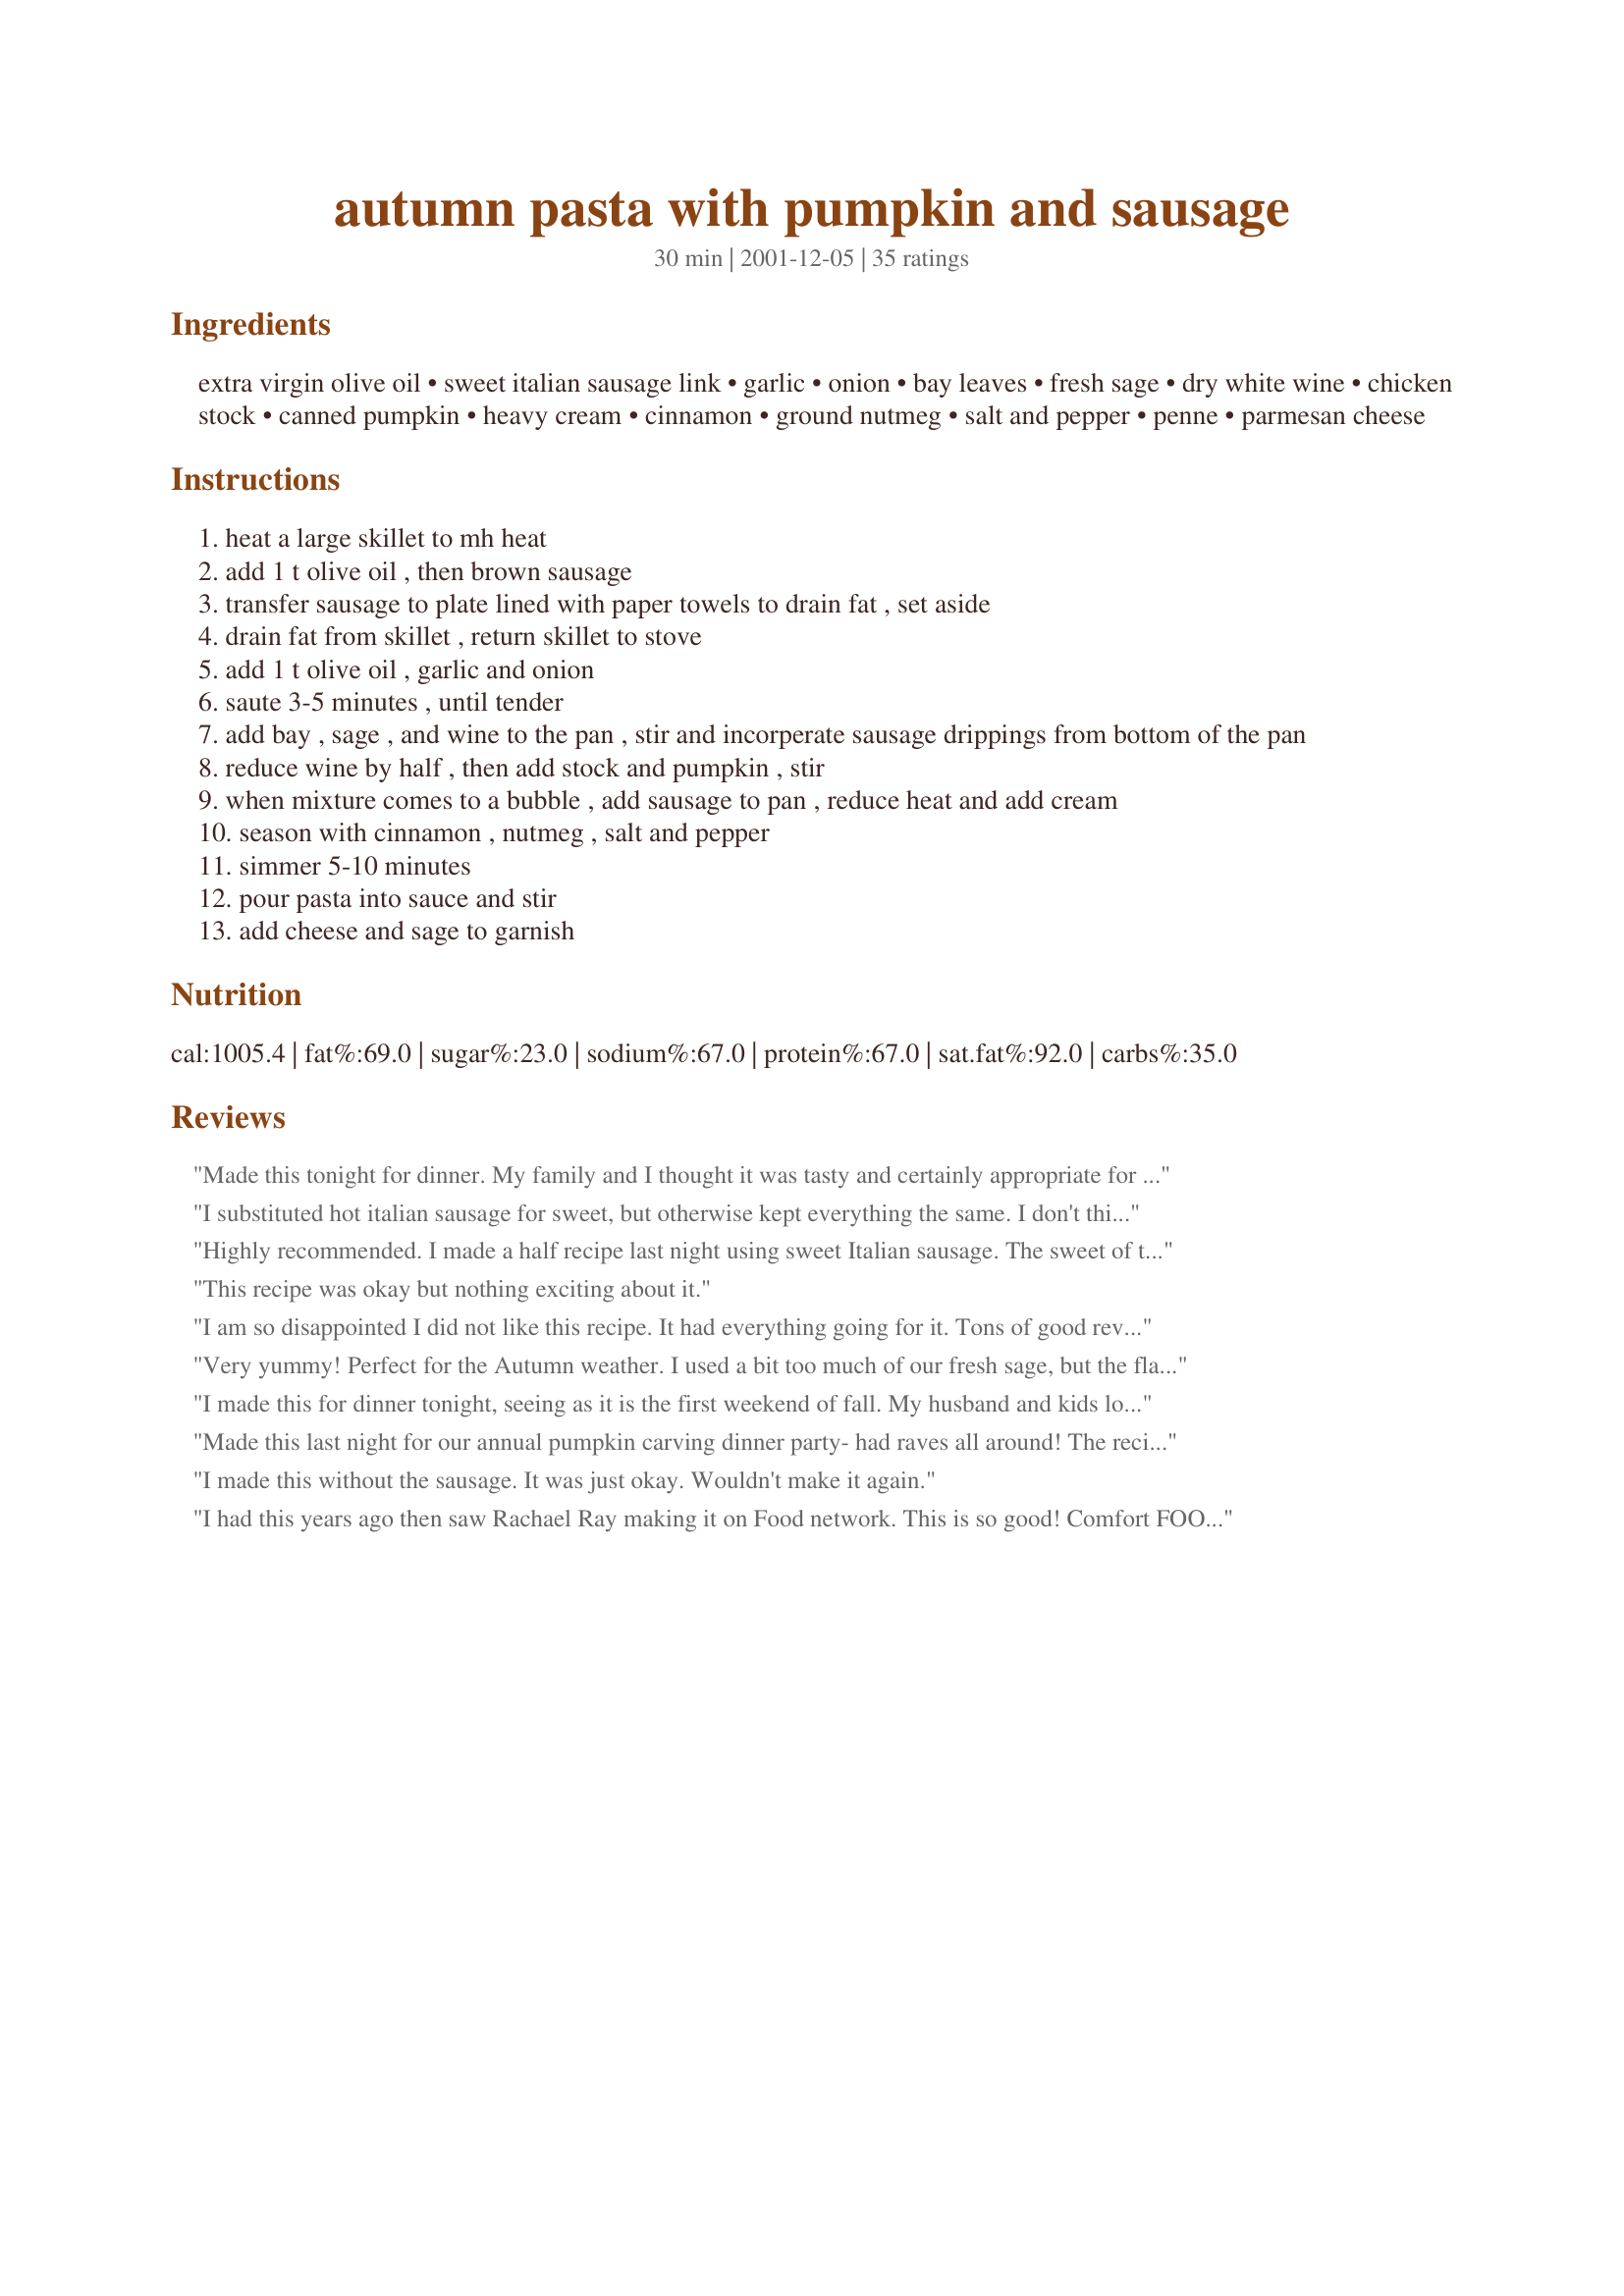
autumn pasta with pumpkin and sausage
Preparation time: 30 minutes

Ingredients:
extra virgin olive oil, sweet italian sausage link, garlic, onion, bay leaves, fresh sage, dry white wine, chicken stock, canned pumpkin, heavy cream, cinnamon, ground nutmeg, salt and pepper, penne, parmesan cheese

Steps:
heat a large skillet to mh heat
add 1 t olive oil , then brown sausage
transfer sausage to plate lined with paper towels to drain fat , set aside
drain fat from skillet , return skillet to stove
add 1 t olive oil , garlic and onion
saute 3-5 minutes , until tender
add bay , sage , and wine to the pan , stir and incorperate sausage drippings from bottom of the pan
reduce wine by half , then add stock and pumpkin , stir
when mixture comes to a bubble , add sausage to pan , reduce heat and add cream
season with cinnamon , nutmeg , salt and pepper
simmer 5-10 minutes
pour pasta into sauce and stir
add cheese and sage to garnish

Reviews:
Made this tonight for dinner. My family and I thought it was tasty and certainly appropriate for the fall season. I used a fairly cheap chardonnay, 1 1/2 T. fresh sage, and half-and-half. The sauce thickened up nicely and had a much milder flavor than I expected. The only thing I would do differently next time is use half a pound of pasta. The sauce kind of got lost in all that penne. Always appreciate the opportunity to try something new. Thanks for posting this one.
I substituted hot italian sausage for sweet, but otherwise kept everything the same. I don't think the combination of flavors was for me (though it did make the kitchen smell wonderful as it was cooking).
Highly recommended. I made a half recipe last night using sweet Italian sausage. The sweet of the sausage and the pumpkin work very well together. I cut WAY back on the cinnamon, but used freshly grated nutmeg (which makes all the difference in the world, IMO, in savory recipes). I also sprinkled in about 1/4 tsp. of Aleppo pepper, which has a nice little bit of spice to add. I'll definitely make this again - perhaps with hot Italian sausage for a different "bite."
This recipe was okay but nothing exciting about it.
I am so disappointed I did not like this recipe. It had everything going for it. Tons of good reviews and the fact that I love pumpkin in both sweet and savory foods. I just didn't think there was a lot of flavor to the sauce, inspite of all the seasonings. I kept adding more and more parmesan cheese to add more flavor and salt. After I dumped a ton in I came to terms with the fact that nothing was going to give it the flavor boost I was looking for. Oh well, what are you going to do? I am glad so many people liked this recipe - I guess this one just wasn't for me :)
Very yummy! Perfect for the Autumn weather. I used a bit too much of our fresh sage, but the flavors were awesome!
I made this for dinner tonight, seeing as it is the first weekend of fall. My husband and kids loved this, but I only thought it was ok. I did everything as directed using the higher amount of cinnamon and nutmeg. I couldn't find the pumpkin taste at all and I felt it needed some more spicy seasoning. Since it was such a big hit with my family I will be making it again, but next time I will be using hot sausage and then I will be adding more spice to my own dish. Thanks for an interesting take on pumpkin Cherie!
Made this last night for our annual pumpkin carving dinner party- had raves all around! The recipe doubled nicely and was easy to prepare- a few changes I made: I used one lb. of sweet sausage and 1 lb. of hot (a happy middle ground). I used RED onions, diced fine (like their color and sweet flavor). I used 1 1/2 T. fresh sage (4-6 leaves? What size of leaves? I also made this once using dried, rubbed sage- be careful with it as it is potent! Use half as much dried as you would use of fresh). I didn't have a dry white wine so I used a mellow reisling (it wasn't too sweet). I used half and half and I grated my own nutmeg (fresh nutneg just adds volumes!)- so there you go. I served this with bread, cheese, and a beautiful spinach salad (#29765). YUUMMM!
I made this without the sausage. It was just okay. Wouldn't make it again.
I had this years ago then saw Rachael Ray making it on Food network. This is so good! Comfort FOOD! I used butternut squash that I grew, baked, and pureed. My family didn't like the thought of it but once they tasted it they loved it!!

This was good and unique. I used a 2004 Kono Sauvignon Blanc from Marlborough, New Zealand. Not a real dry wine but I love Sauv- Blanc. I used whole wheat rotini pasta. Didn't have fresh sage so I used 1/4 tsp ground sage. Tasting, I used 1/2 tsp cinnamon, 1/2 tsp nutmeg, 1/4 tsp salt, and 1/8 tsp pepper. Didn't use cheese, I thought the sauce was rich enough without it. I think that next time I will try pouring the sauce over some unseasoned sauteed cabbage instead of pasta. I thought the pasta kind of masked the great flavors in the sauce. I liked the sauce by itself best.
This is a great fall meal. I thought it turned out very nicely. the sage, cinnamin and nutmeg really added some great flavor.
Sorry, Rita, but my family and I weren't crazy about this recipe. Granted, I did omit the sausage and substitute soy milk for the heavy cream, but I don't think that changed the overall effect very much. The flavor just didn't appeal to me at all.
this is very good. if you are a sauce person, i would suggest using much less pasta or making more of the sauce - its the best part, and it was not enough for a pound of pasta. the pumpkin was far more mild than i thought - i would add a bit more next time. overall, a wonderful blend of flavors and got me right in the mood for thanksgiving! thanks...
This recipe is OUT OF THIS WORLD. Both picky hubby and 15-mo-old daughter loved this so much that I'm serving it to my in-laws this week. If you have qualms about pumpkin as a main course you must try this - it will win you over. I used bulk sausage (links with casings removed) and wouldn't change a thing!
Wow! Mad this tonight - superb! MInor substitutions were to use sweet *and* hot italian sausage and fat free half and half instead of cream or regular half and half. It was plenty rich, tasty, and flavorful without the added fat and calories! The pumpkin really thickens the sauce and adds a mellow flavor. I toasted some chopped walnuts to use as a garnish - the flavor and added crunch enhanced an already wonderful dish. My husband added crushed red pepper flakes to add a bit more spice (but that's just his way). Idea: roasted pumpkin seeds would also be a nice, tasty garnish. It was a real hit - easy to make, eat, and freeze for later. Excellent recipe I'll make often - thanks!
Sorry, we didn't care for this - quite gloopy and not a lot of flavour beyond the sage. And a shame as we used really good Napoli Italian sausage, which in hindsight would have been much better utilised in the Sardinian Malloreddus recipe that is one of our "tried and true" ones.
I have this same recipe and was checking before I submitted mine. I originally got mine from Rachel Ray's 30 Minute Meals program on Food Network and make it all the time. Even my picky eater, The Beau, likes it. I add a tiny bit more sage to mine and cut my cream down a tad. Keeps well, too!
I was afraid at first!!! My DH isn't crazy about pumpkin, but he'll try anything. We both thought this was just wonderful. I used hot sausage, with the casings removed, other than that I followed the recipe exactly as written. It's so easy & quick to prepare too. It's gonna be a keeper in this house. Thanks Dancer.
This is one of my favorite dishes!! I really think I could eat it everyday ;) !!! BTW...it serves more like 8...but leftovers only get better. Make sure you have lots of good Italian bread too! Your going to want to sop up every last piece...
THIS WAS WONDERFUL. I used hot Italian sausages and I removed the casing. I also didn't change anything else. It was a hit with husband kids and me. Amazing flavor. Very easy to make. I served it with a large salad and cornbread. Thanks so much. PollyB
I've been intrigued by this recipe for awhile. On the Food Network there are some reviewers that licked their plates clean! I felt that it turned out better than my expectation, but I enjoyed it more than the rest of the family (my son didn't care for it - said it was too strong).Served it with a salad with balsamic vinaigrette, which really complimented the pasta.

Roxygirl
WOW! I was just looking for something to use up the can of pumpkin I had in the cabinet, and this is so much more than I could have hoped for. We LOVED it! I couldn't find pork sweet italian sausage so I used turkey other than that I followed the recipe exactly. Thank you so much for the recipe!
This was very delicious Cherie, will definately be making again! Had to make some alterations; have never seen canned pumpkin in Australia, so I used some fat free pumpkin soup instead, and used a skinless seasoned chicken breast instead of the sausages. I thickened the sauce up at the end with some cornflour and DH and I both loved it! Thanks for an easy yummy recipe!
I tried this out of curiosity – I’ve never heard of pumpkin with pasta… but it was delicious, and very easy to make. My roommate and I both enjoyed it – thanks for sharing the recipe!
Yum! I was a little nervous about the sausage and pumpkin mix, but it was delicious and SO easy to make. I used hot italian sausage (out of the casing) and substituted rubbed sage for fresh sage (I used about a teaspoon). I will definitely be making this recipe again.
Yumm! I used bulk sausage also and a touch of ground sage as I didn't have any leaves. Used plain yogurt in place of the cream. A wonderful, flavorful change of pace sauce for any pasta!
This was very good. It's a new flavor for pasta! I served this with rigatoni pasta and a glass of the wine that used while cooking. Remember - never cook with wine that's not good enough to drink. I went looking for this recipe because I saw it on 30 minute meals with Rachel Ray and couldn't write it down fast enough!! Thanks for sharing.
I really enjoyed this recipe! I made a few changes, based on what I had on hand. I didn't have any bay leaves, so instead I tried 1/2 tsp fennel! It added a sweet undertone that I thought was absolutely delicious, and very flavorful. Also, instead of penne I used PLAIN OLD ELBOWS, and it was still good! And then, for the biggest difference, I used shredded chicken instead of sausage, as I did not have any of that either. It was good, but I can imagine the sausage adds a much different taste that I'll look forward to! This is going in my cookbook- a nice fall-ish comfort food.
Great fall (or year-round if you love pumpkin as much as I do) recipe! I used local Italian-spiced bratwurst, casings removed, and used a great white wine I discovered while traveling in Italy called "Greco di Tufo" --really brought out the sweetness in the pumpkin and pork. I used heavy cream and 1/4 teaspoon each of the fall spices. Delicious, can't wait to share it with friends.
I was suprised at how much we enjoyed this. I was very skeptical of the ingrediants but really wanted to try it out...lovely fall/winter recipe and such a good smell when cooking. Did I mention fast? I also did not add nutmeg personal pref but it was so good with fresh ground cinnamon. Thanks
SO GOOD! What a refreshing change for a pasta dish! I used chicken italian sausage, 1/2 tsp each cinnamon and nutmeg and heavy cream. Definitely loved the parmesan on top! So easy and good, perfect for a cool fall day. Thanks!
Since canned pumpkin is hard to find in Greece, I made some pumpkin puree myself. Also used traditional greek spicy sausages and it was so great, both of us filled the plate for the second time. Great recipe.
Don't know what's wrong with me but this just didn't push my buttons.
My husband and I really liked this. It's different, seasonal, and delicious. To lighten it up, I used turkey sausage (spicy) and 2% milk instead of the cream. It was plenty thick. We also used less pasta, preferring more sauce on the pasta than the original recipe calls for.
